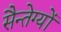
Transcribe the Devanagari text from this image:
सैन्तेग्यों